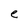
Character: e